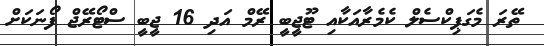
ތޭރަ މެގަޕިކްސެލް ކެމެރާއަކާއި ޓޫޖީބީ ރޭމް އަދި 16 ޖީބީ ސްޓޯރޭޖް ފޯނަކަށް